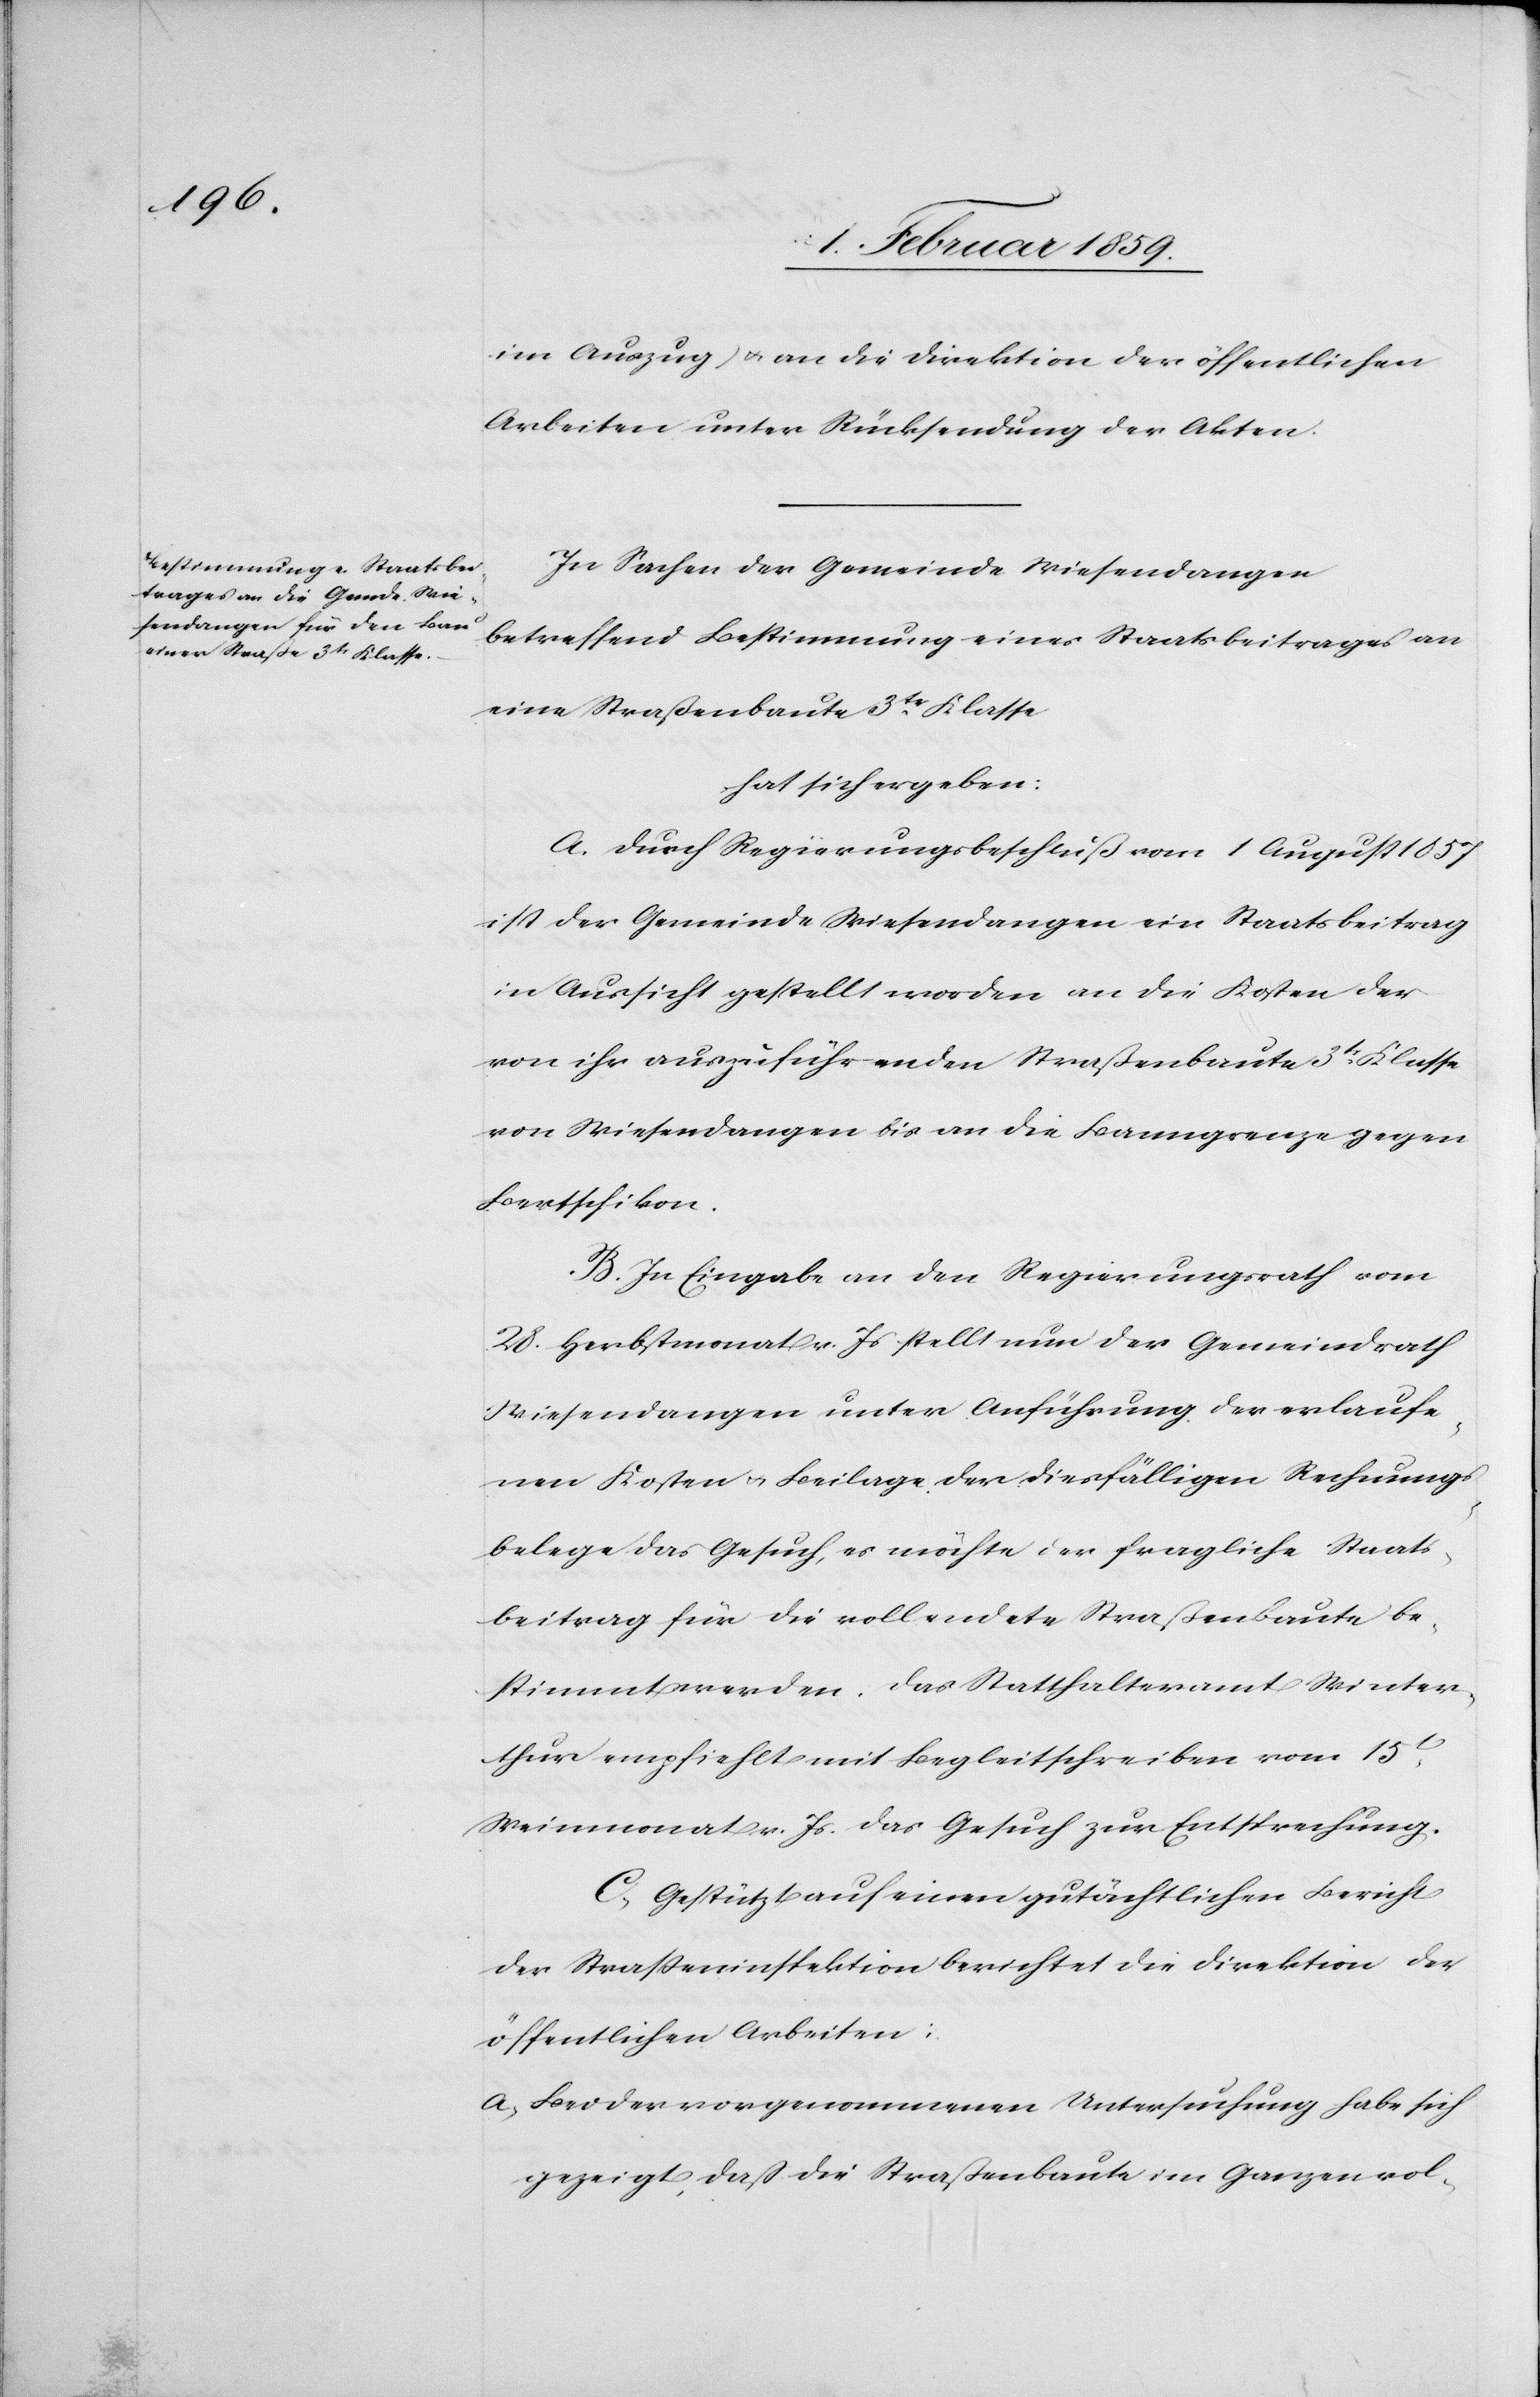
im Auszug, u. an die Direktion der öffentlichen
Arbeiten unter Rücksendung der Akten.
In Sachen der Gemeinde Wiesendangen
betreffend Bestimmung eines Staatsbeitrages an
eine Straßenbaute 3tr. Klasse
hat sich ergeben:
A. Durch Regierungsbeschluß vom 1 August 1857
ist der Gemeinde Wiesendangen ein Staatsbeitrag
in Aussicht gestellt worden an die Kosten der
von ihr auszuführenden Straßenbaute 3tr. Klasse
von Wiesendangen bis an die Banngrenze gegen
Bertschikon.
B. In Eingabe an den Regierungsrath vom
28. Herbstmonat v. Js. stellt nun der Gemeindrath
Wiesendangen unter Anführung der erlaufe¬
nen Kosten u. Beilage der diesfälligen Rechnungs¬
belege das Gesuch, es möchte der fragliche Staats¬
beitrag für die vollendete Straßenbaute be¬
stimmt werden. Das Statthalteramt Winter¬
thur emfpiehlt mit Begleitschreiben vom 15t.
Weinmonat v. Js. das Gesuch zur Entsprechung.
C. Gestützt auf einen gutächtlichen Bericht
der Straßeninspektion berichtet die Direktion der
öffentlichen Arbeiten:
a, Bei der vorgenommenen Untersuchung habe sich
gezeigt, daß die Straßenbaute im Ganzen vol-